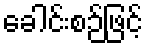
ခေါင်းစဉ်ဖြင့်